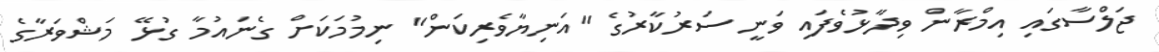
ޖަލްސާގައި އިމްރާން ވިދާޅުވެފައި ވަނީ ސަރުކާރުގެ "އަނިޔާވެރިކަން" ނިމުމަކަށް ގެނައުމާ ގުޅޭ މަޝްވަރާގެ